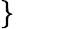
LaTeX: \begin{array}{r}{\left.\begin{array}{rlr}\end{array}\right\} \qquad}\end{array}